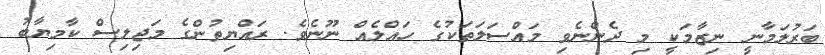
ބަރުލަމާނީ ނިޒާމަކީ މި ދެންނެވި މައްސަލަތަކުގެ ހައްލެއް ނޫނެވެ. ރައްޔިތުންގެ މަޖިލިސް ކާމިޔާބު